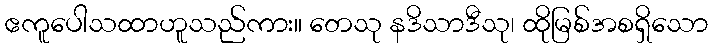
ဧကူပေါသထာဟူသည်ကား။ တေသု နဒိသာဒီသု၊ ထိုမြစ်အစရှိသော